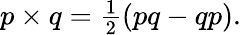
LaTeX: p\times q=\textstyle{\frac{1}{2}}(pq-qp).